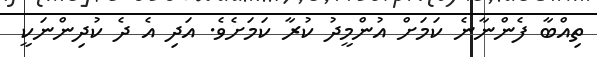
ތިއްބާ ފެންނާނެ ކަމަށް އުންމީދު ކުރާ ކަމަށެވެ. އަދި އެ ދެ ކުދިންނަކީ